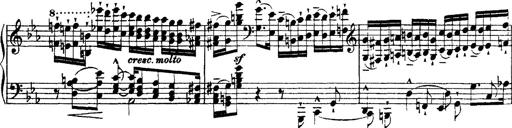
Title: Ã‰tudes d'exÃ©cution transcendante d'aprÃ¨s Paganini
Composer: Franz Liszt